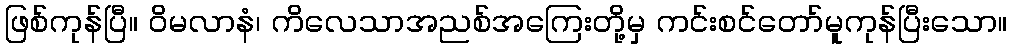
ဖြစ်ကုန်ပြီ။ ဝိမလာနံ၊ ကိလေသာအညစ်အကြေးတို့မှ ကင်းစင်တော်မူကုန်ပြီးသော။